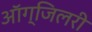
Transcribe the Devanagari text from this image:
ऑग्जिलरी